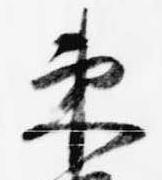
束